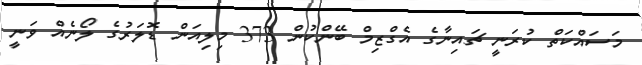
މަސައްކަތް ކުރަނީ ޗައިނާގެ އެގްޒިމް ބޭންކުން 373 މިލިއަން ޑޮލަރުގެ ލޯނެއް ވަނީ